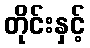
တိုင်းနှင့်